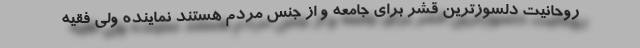
روحانیت دلسوزترین قشر برای جامعه و از جنس مردم هستند نماینده ولی فقیه